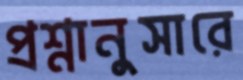
প্রশ্নানুসারে